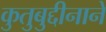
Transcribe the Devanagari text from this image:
कुतुबुद्दीनाने